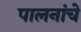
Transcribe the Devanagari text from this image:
पालनांचे